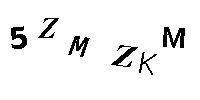
5ZMZKM